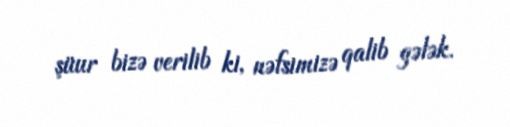
şüur bizə verilib ki, nəfsimizə qalib gələk.